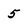
Character: 5